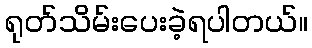
ရုတ်သိမ်းပေးခဲ့ရပါတယ်။